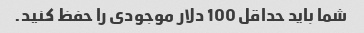
شما باید حداقل 100 دلار موجودی را حفظ کنید.